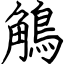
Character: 鵤